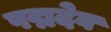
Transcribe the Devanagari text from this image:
पद्मदेव